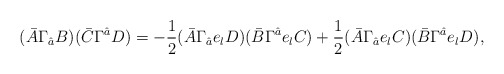
\begin{align*}(\bar{A}\Gamma_{\hat{a}}B)(\bar{C}\Gamma^{\hat{a}}D)=-\frac{1}{2}(\bar{A}\Gamma_{\hat{a}}e_{l}D)(\bar{B}\Gamma^{\hat{a}}e_{l}C)+\frac{1}{2}(\bar{A}\Gamma_{\hat{a}}e_{l}C)(\bar{B}\Gamma^{\hat{a}}e_{l}D),\end{align*}